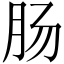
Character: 肠